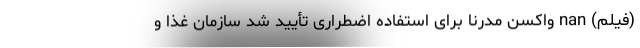
(فیلم) nan واکسن مدرنا برای استفاده اضطراری تأیید شد سازمان غذا و